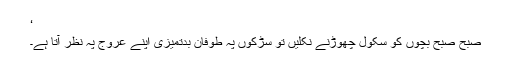
‘
صبح صبح بچوں کو سکول چھوڑنے نکلیں تو سڑکوں پہ طوفان بدتمیزی اپنے عروج پہ نظر آتا ہے۔